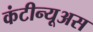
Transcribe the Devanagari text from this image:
कंटीन्यूअस